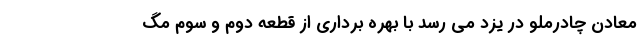
معادن چادرملو در یزد می رسد با بهره برداری از قطعه دوّم و سوّم مگ